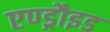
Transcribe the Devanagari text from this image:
एण्ड्रौइड